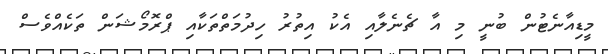
މީޑިއާނެޓުން ބުނީ މި އާ ޗެނެލާއި އެކު އިތުރު ހިދުމަތްތަކާއި ޕްރޮމޯޝަން ތަކެއްވެސް